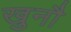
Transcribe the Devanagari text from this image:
खुनौ